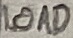
Text: LOAD